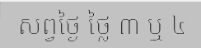
សព្វថ្ងៃ ថ្លៃ ៣ ឬ ៤